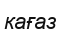
кағаз